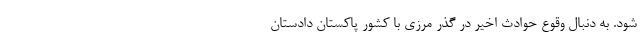
شود. به دنبال وقوع حوادث اخیر در گذر مرزی با کشور پاکستان دادستان